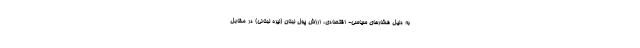
به دلیل فشارهای سیاسی- اقتصادی، ارزش پول لبنان (لیره لبنانی) در مقابل